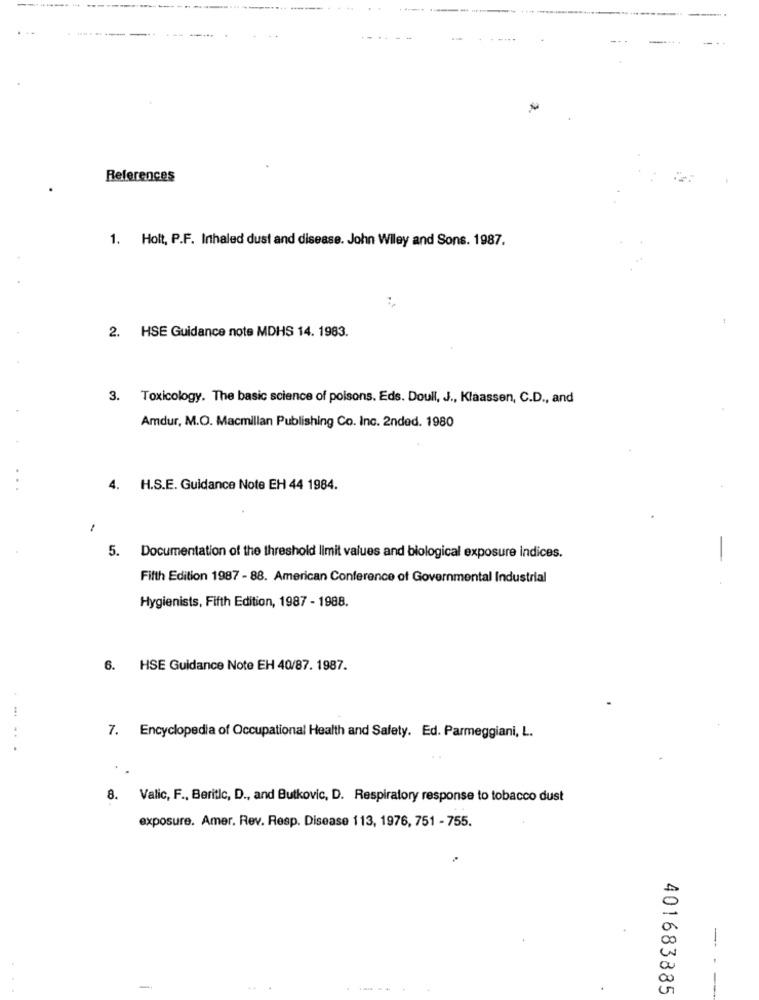
....
References
1. Holt, P.F. Inhaled dust and disease. John Wiley and Sons. 1987.
2. HSE Guidance note MDHS 14. 1983.
3. Toxicology. The basic science of poisons. Eds. Doull, J ., Klaassen, C.D ., and
Amdur, M.O. Macmillan Publishing Co. Inc. 2nded. 1980
4. H.S.E. Guidance Note EH 44 1984.
5. Documentation of the threshold limit values and biological exposure indices.
Fifth Edition 1987 - 88. American Conference of Governmental Industrial
Hygienists, Fifth Edition, 1987 - 1988.
6. HSE Guidance Note EH 40/87. 1987.
7. Encyclopedia of Occupational Health and Safety. Ed. Parmeggiani, L.
8. Valic, F ., Beritlc, D ., and Butkovic, D. Respiratory response to tobacco dust
exposure. Amer. Rev. Resp. Disease 113, 1976, 751 - 755.
--
-
401683885